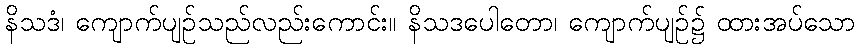
နိသဒံ၊ ကျောက်ပျဉ်သည်လည်းကောင်း။ နိသဒပေါတော၊ ကျောက်ပျဉ်၌ ထားအပ်သော